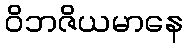
ဝိဘဇိယမာနေ